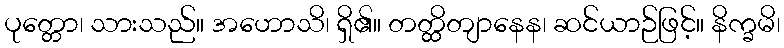
ပုတ္တော၊ သားသည်။ အဟောသိ၊ ရှိ၏။ တတ္ထိတျာနေန၊ ဆင်ယာဉ်ဖြင့်။ နိက္ခမိ၊